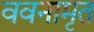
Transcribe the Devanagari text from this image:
ववनामृत